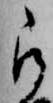
被